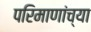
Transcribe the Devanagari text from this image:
परिमाणांच्या